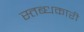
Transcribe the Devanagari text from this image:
स्‍तब्‍धकारी